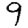
Digit: 9